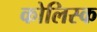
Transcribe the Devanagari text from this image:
कोलिस्क